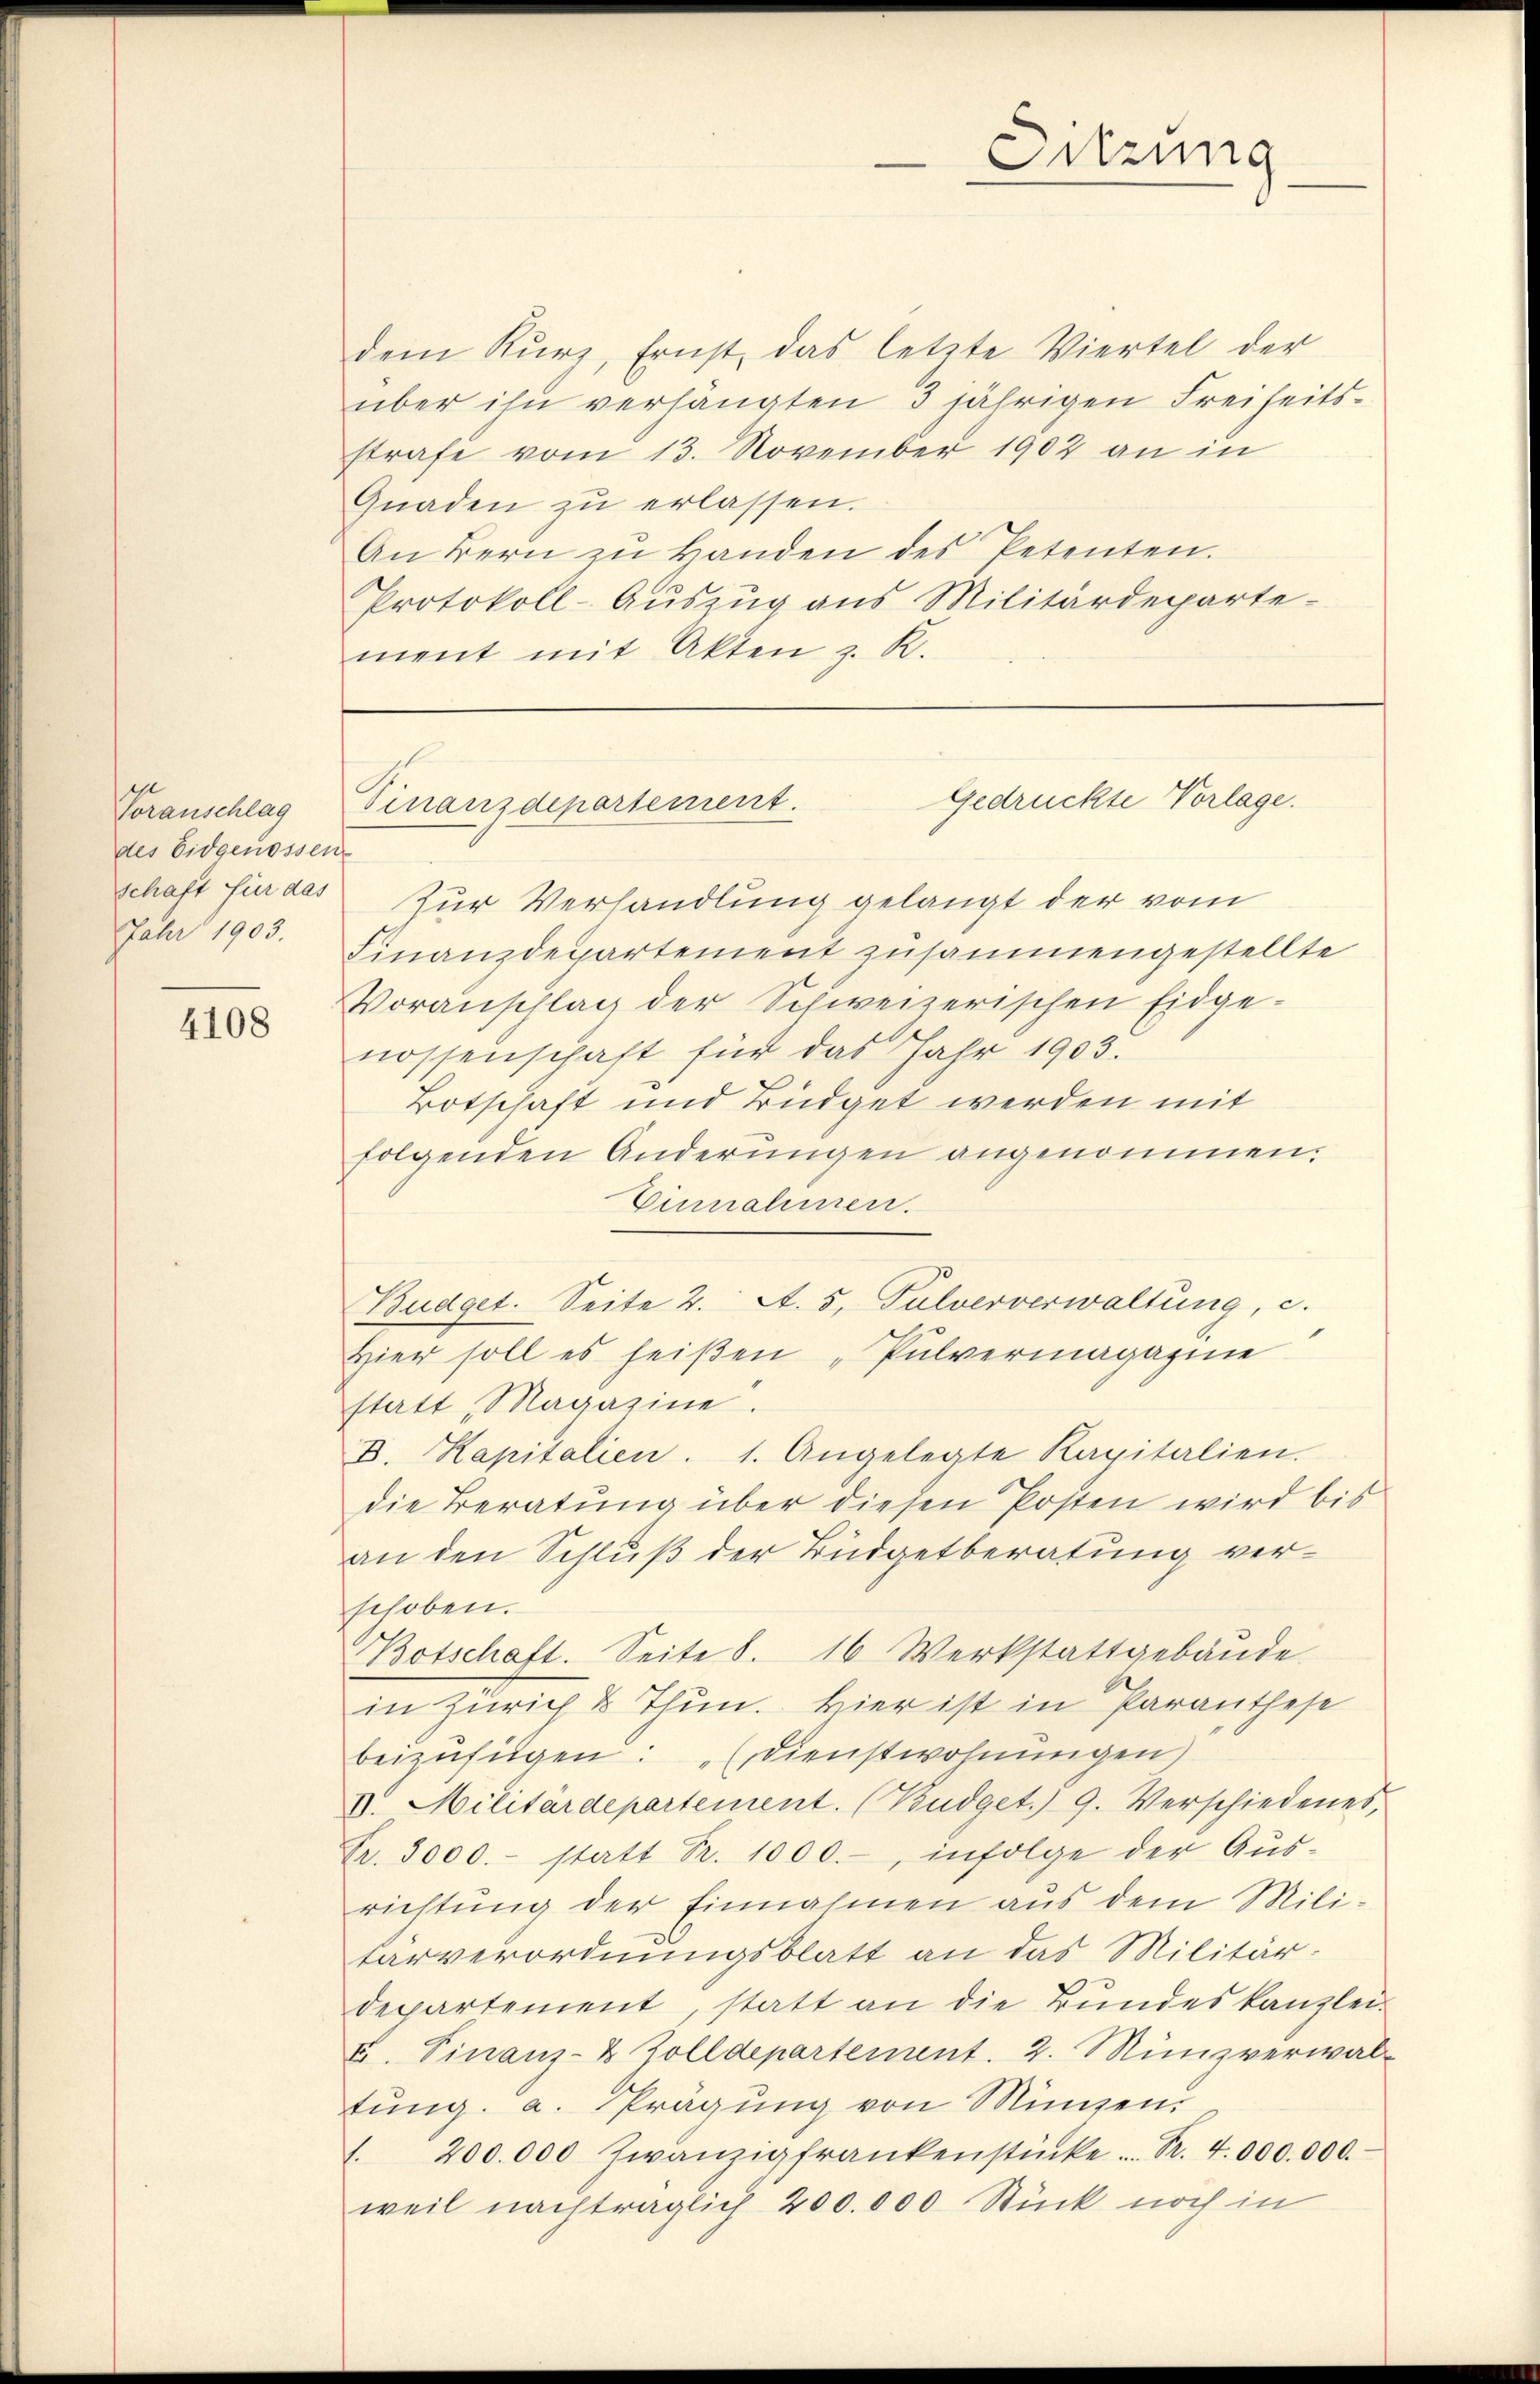
Voranschlag
des Eidgenossen
schaft für das

4108

dem Kurz, Ernst das letzte Viertel der
über ihn verhängten 3 jährigen Freiheitsstrafe vom 13. November 1902 an in
Gnaden zŭ erlassen.
An dern zŭ Handen des Petenten.
Protokoll-Auszug aus Militärdeparte-
ment mit Akten z. R.

Sitzung
.

Gedrückte Vorlage.
Finanzdepartement.

Zur Verhandlung gelangt der vom
Jahr 1903. Finanzdepartement zusammengestellte
Voranschlag der Schweizerischen Eidge-
nossenschaft für das Jahr 1903.
Botschaft und Büdget werden mit
folgenden Änderungen angenommen.
Einnahmen.
Budget. Seite 2. A. 5. Pulververwaltung, c.
Hier soll es heißen „Pulvermagazine
statt Magazine.
D. Kapitalien. 1. Angelegte Kapitalien.
die Beratung über diesen Posten wird bis
an den Schluß der Büdgetberatung verschoben.
Botschaft. Seite 8. 16 Werkstattgebäude
in Zürich & Thun. Hier ist in Paranthese
beizufügen: „Dienstwohnungen)
II. Militärdepartement. (Budget. 9. Verschiedenes,
Fr. 3000.- statt Fr. 1000.-, infolge der Aus-
richtung der Einnahmen aus dem Militarverordnungsblatt an das Militärdepartement, statt an die Bundeskanzlei-
u. Finanz- & Zolldepartement. 2. Münzverwal-
tung a. Prägung von Münzen
1. 200.000 Zwanzigfrankenstücke. .. R. 4000.000.
weil nachträglich 200.000 Stück noch in